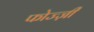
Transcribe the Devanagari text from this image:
फोज्ज़ी